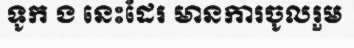
ទូក ង នេះដែរ មានការចូលរួម